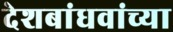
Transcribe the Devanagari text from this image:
देशबांधवांच्या